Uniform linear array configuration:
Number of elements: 8
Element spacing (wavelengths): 0.5
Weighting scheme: uniform
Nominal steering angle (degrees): -45
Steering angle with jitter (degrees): -43.154
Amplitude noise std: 0.05
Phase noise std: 0.05

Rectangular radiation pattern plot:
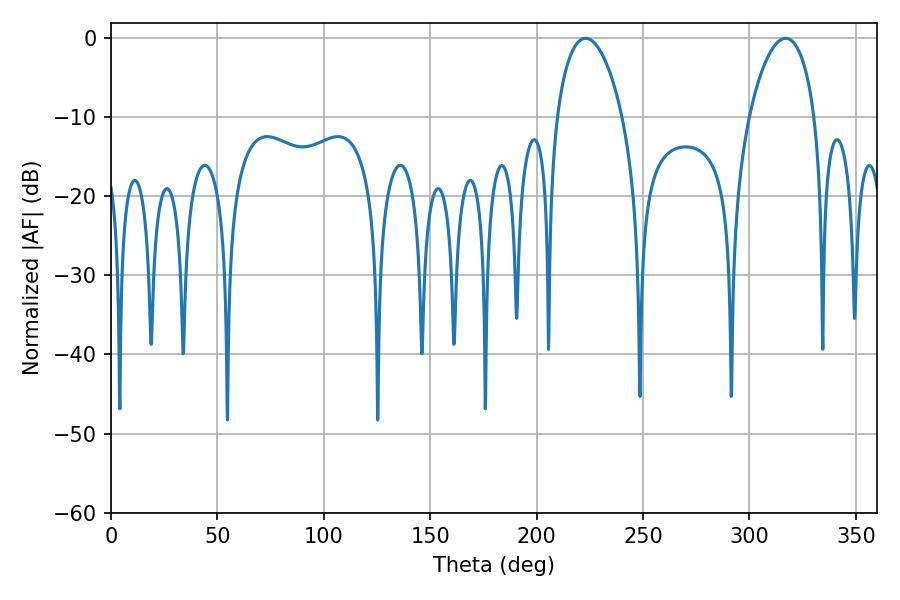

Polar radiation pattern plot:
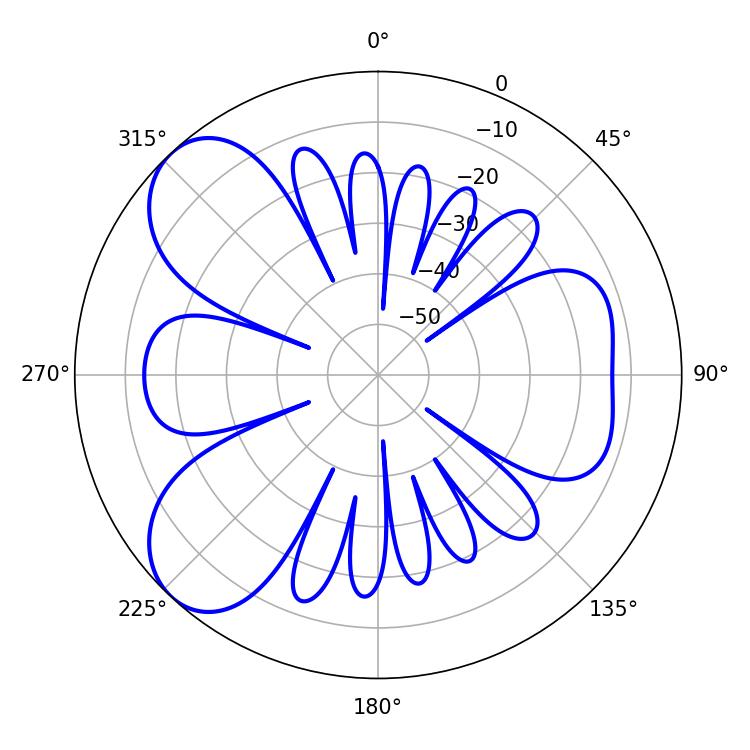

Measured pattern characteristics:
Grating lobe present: FALSE
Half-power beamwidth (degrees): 17.46
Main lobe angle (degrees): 223.02